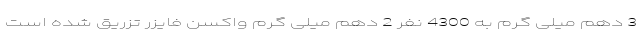
3 دهم میلی گرم به 4300 نفر 2 دهم میلی گرم واکسن فایزر تزریق شده است